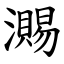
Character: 瀃